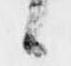
候